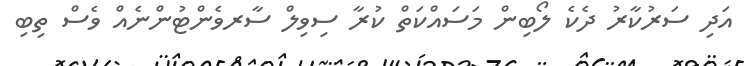
އަދި ސަރުކާރު ދެކެ ލޯބިން މަސައްކަތް ކުރާ ސިވިލް ސާރވެންޓުންނެއް ވެސް ތިބި